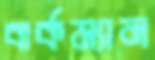
বার্কম্যান